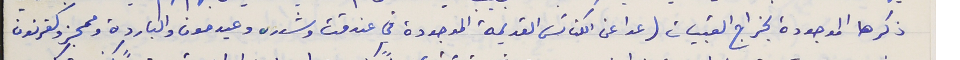
ذكرها الموجودة بخراج القبيات (عدا عن الكنائس القديمة الموجودة في عندقت وشدره وعيدمون والباردة وممجز وكفرنون